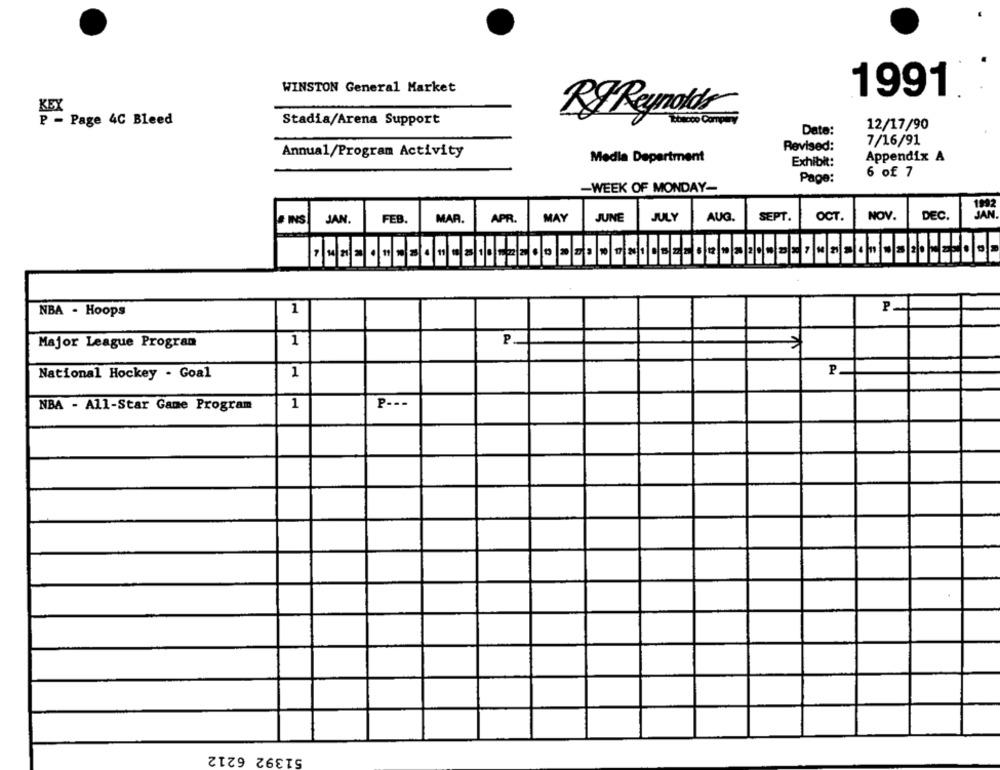
WINSTON General Market
1991
E - Page 4C Bleed
Stadia/Arena Support
R& Reynolds
Date:
12/17/90
Revised:
7/16/91
Annual/Program Activity
Media Department
Exhibit:
Appendix A
6 of 7
Page:
-WEEK OF MONDAY-
SEPT.
NOV.
DEC.
INS
JAN.
FEB.
MAR
APR.
MAY
JUNE
JULY
AUG.
OCT.
P-
NBA - Hoops
1
Major League Program
1
P
National Hockey . Goal
1
P
NBA - All-Star Game Program
1
P ---
51392 6212